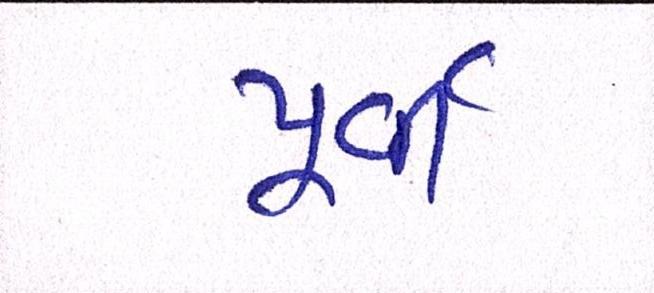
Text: પૂર્વી